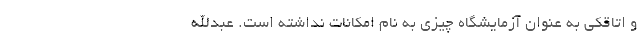
و اتاقکی به عنوان آزمایشگاه چیزی به نام امکانات نداشته است. عبدالله